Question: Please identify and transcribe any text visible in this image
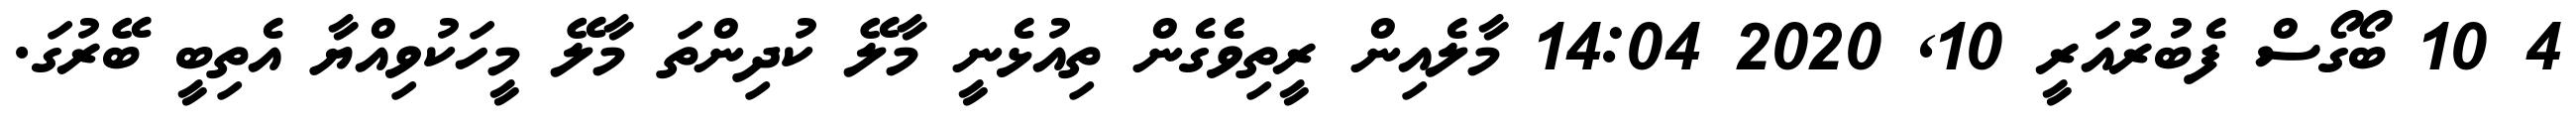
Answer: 4 10 ބޯގޯސް ފެބުރުއަރީ 10, 2020 14:04 މާލެއިން ރީތިވެެގެން ތިއުޅެނީ މާލޭ ކުދިންތަ މާލޭ މީހަކުވިއްޔާ އެތިބީ ބޭރުގަ.